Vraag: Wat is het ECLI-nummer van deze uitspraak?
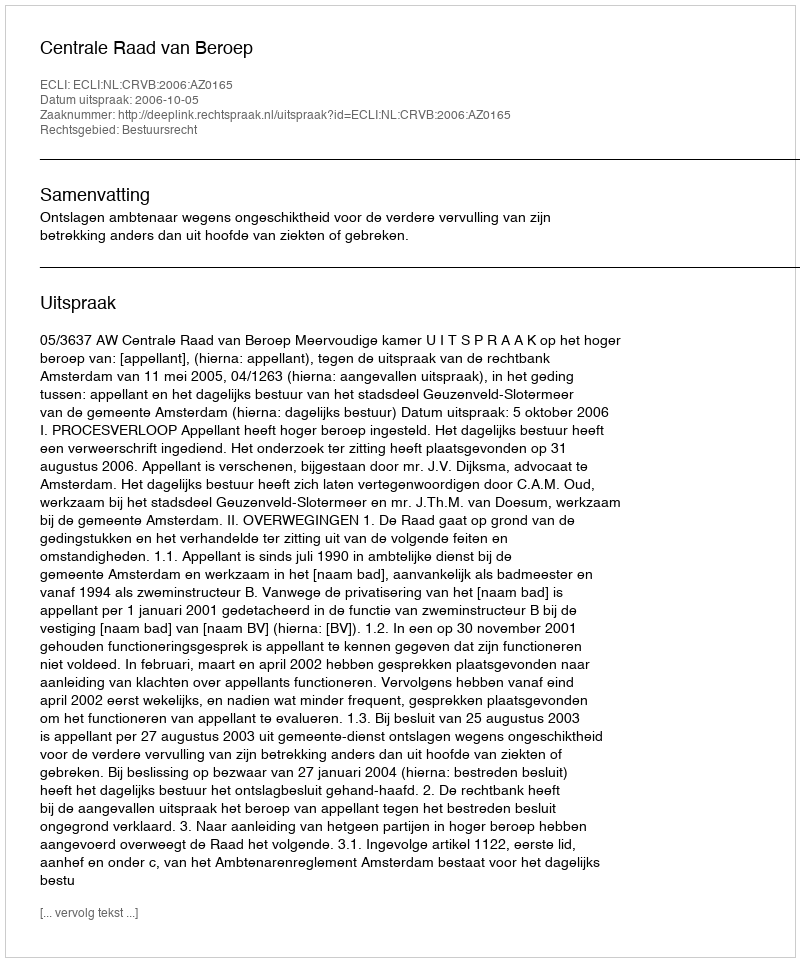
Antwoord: ECLI:NL:CRVB:2006:AZ0165